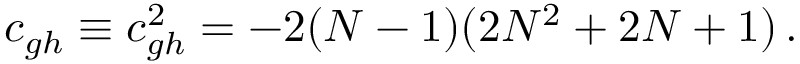
c _ { g h } \equiv c _ { g h } ^ { 2 } = - 2 ( N - 1 ) ( 2 N ^ { 2 } + 2 N + 1 ) \, .